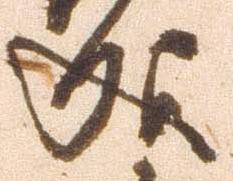
成